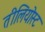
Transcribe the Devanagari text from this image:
तीलियोस्ट